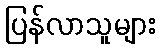
ပြန်လာသူများ